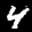
Label: 4